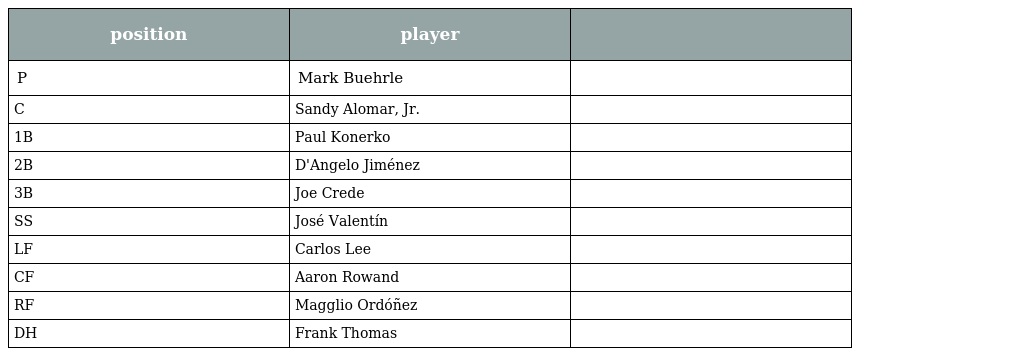
| position | player |  |
 | --- | --- | --- |
 | P | Mark Buehrle |  |
 | C | Sandy Alomar, Jr. |  |
 | 1B | Paul Konerko |  |
 | 2B | D'Angelo Jiménez |  |
 | 3B | Joe Crede |  |
 | SS | José Valentín |  |
 | LF | Carlos Lee |  |
 | CF | Aaron Rowand |  |
 | RF | Magglio Ordóñez |  |
 | DH | Frank Thomas |  |